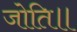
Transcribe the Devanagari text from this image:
जोति॥